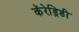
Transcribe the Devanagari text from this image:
कॅरेड्रिडी